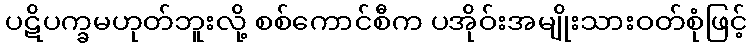
ပဋိပက္ခမဟုတ်ဘူးလို့ စစ်ကောင်စီက ပအိုဝ်းအမျိုးသားဝတ်စုံဖြင့်